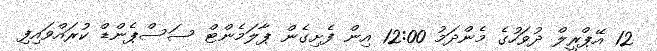
12 އޭޕްރީލް ދުވަހުގެ މެންދަމު 12:00 އިން ފެށިގެން ޕާލަމެންޓް ސަސްޕެންޑް ކުރައްވައިފި